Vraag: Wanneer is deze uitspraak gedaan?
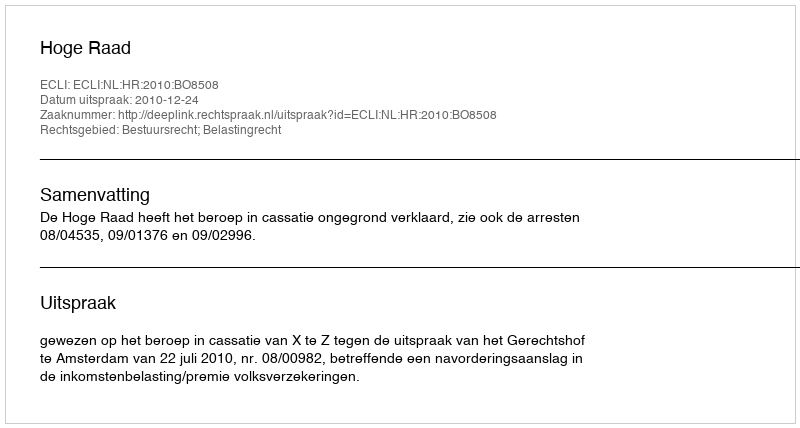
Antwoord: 2010-12-24